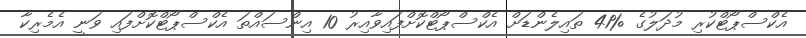
އެކްސްޕޯޓްކުރި މުދަލުގެ %41 ތައިލެންޑަށް އެކްސްޕޯޓްކޮށްފައިވާއިރު 10 އިންސައްތަ އެކްސްޕޯޓްކޮށްފައި ވަނީ އެމެރިކާ